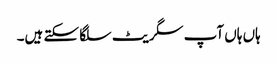
ہاں ہاں آپ سگریٹ سلگا سکتے ہیں۔